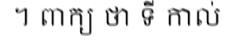
។ ពាក្យ ថា ទី កាល់